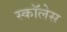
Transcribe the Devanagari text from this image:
स्कॉलेस